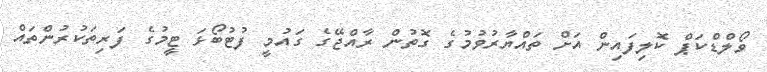
ވޯލްޑްކަޕް ކޮލިފައިން އަށް ތައްޔާރުވުމުގެ ގޮތުން ރާއްޖޭގެ ގައުމީ ފުޓުބޯޅަ ޓީމުގެ ފަރިތަކުރުންތައް